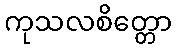
ကုသလစိတ္တော